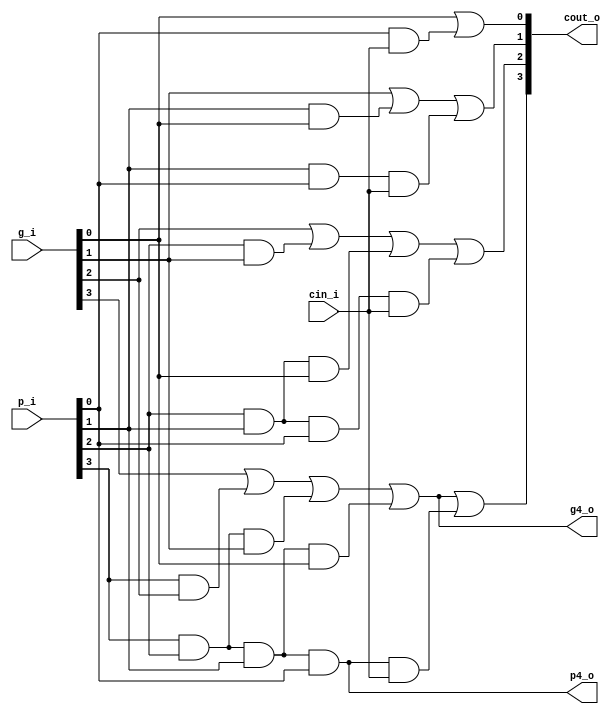
module AdderAheadCarry (
    input [3:0] g_i,  // generate (a & b)
    input [3:0] p_i,  // propagate (a | b)
    input cin_i,  // carry in
    output [3:0] cout_o,  // carry out
    output g4_o,  // generate 4bits
    output p4_o  // propagate 4bits
);
    // cout = a & b | a & cin | b & cin
    // cout = (a&b) | (a|b) & cin
    // cout = g1 | p1 & cin

    /* g_i[0] | p_i[0] & cin_i */
    assign cout_o[0] = g_i[0] | p_i[0] & cin_i;

    /* g_i[1] | p_i[1] & cout_o[1] */
    assign cout_o[1] = g_i[1] | p_i[1] & g_i[0] | p_i[1] & p_i[0] & cin_i;

    /* g_i[2] | p_i[2] & cout_o[2] */
    assign cout_o[2] = g_i[2] | p_i[2] & g_i[1] | p_i[2] & p_i[1] & g_i[0] | p_i[2] & p_i[1] & p_i[0] & cin_i;

    /* g_i[3] | p_i[3] & cout_o[3] */
    assign cout_o[3] = g_i[3] | p_i[3] & g_i[2] | p_i[3] & p_i[2] & g_i[1] | p_i[3] & p_i[2] & p_i[1] & g_i[0] | p_i[3] & p_i[2] & p_i[1] & p_i[0] & cin_i;

    /* cout_o[3] = g4_o | p4_o & cin_i */
    assign g4_o = g_i[3] | p_i[3] & g_i[2] | p_i[3] & p_i[2] & g_i[1] | p_i[3] & p_i[2] & p_i[1] & g_i[0];
    assign p4_o = p_i[3] & p_i[2] & p_i[1] & p_i[0];
endmodule